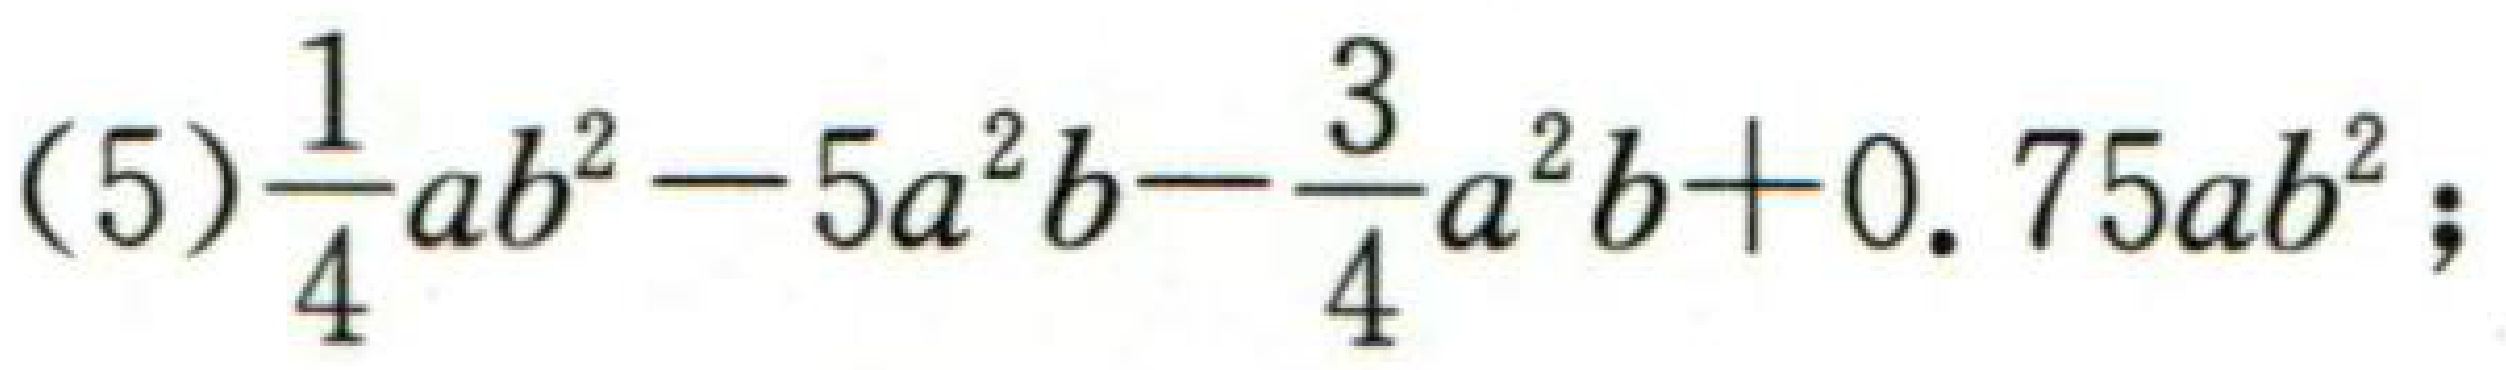
(5)\(\frac{1}{4}ab^{2}-5a^{2}b - \frac{3}{4}a^{2}b + 0.75ab^{2}\);